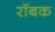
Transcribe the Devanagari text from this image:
रॉबक